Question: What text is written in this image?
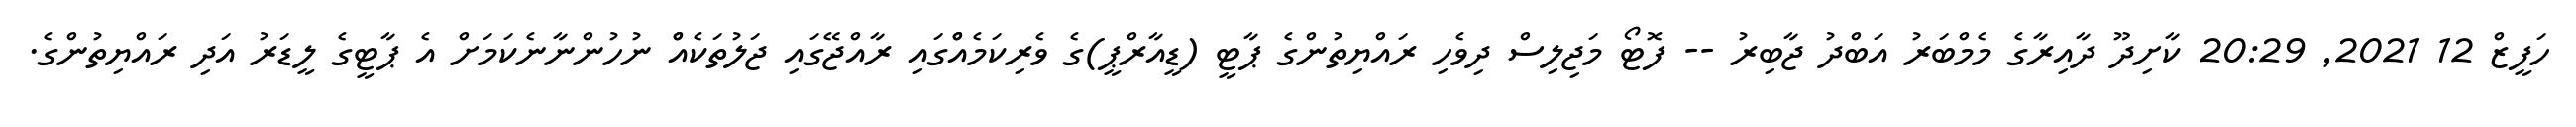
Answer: ހަފީޒް 12 2021, 20:29 ކާށިދޫ ދާއިރާގެ މެމްބަރު އަބްދު ޖާބިރު -- ފޮޓޯ މަޖިލިސް ދިވެހި ރައްޔިތުންގެ ޕާޓީ (ޑީއާރްޕީ)ގެ ވެރިކަމެއްްގައި ރާއްޖޭގައި ޖަލުތަކެއްް ނުހުންނާނެކަމަށް އެ ޕާޓީގެ ލީޑަރު އަދި ރައްޔިތުންގެ.